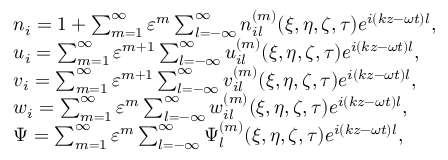
\begin{array} { r l } & { n _ { i } = 1 + \sum _ { m = 1 } ^ { \infty } \varepsilon ^ { m } \sum _ { l = - \infty } ^ { \infty } n _ { i l } ^ { ( m ) } ( \xi , \eta , \zeta , \tau ) e ^ { i ( k z - \omega t ) l } , } \\ & { u _ { i } = \sum _ { m = 1 } ^ { \infty } \varepsilon ^ { m + 1 } \sum _ { l = - \infty } ^ { \infty } u _ { i l } ^ { ( m ) } ( \xi , \eta , \zeta , \tau ) e ^ { i ( k z - \omega t ) l } , } \\ & { v _ { i } = \sum _ { m = 1 } ^ { \infty } \varepsilon ^ { m + 1 } \sum _ { l = - \infty } ^ { \infty } v _ { i l } ^ { ( m ) } ( \xi , \eta , \zeta , \tau ) e ^ { i ( k z - \omega t ) l } , } \\ & { w _ { i } = \sum _ { m = 1 } ^ { \infty } \varepsilon ^ { m } \sum _ { l = - \infty } ^ { \infty } w _ { i l } ^ { ( m ) } ( \xi , \eta , \zeta , \tau ) e ^ { i ( k z - \omega t ) l } , } \\ & { \Psi = \sum _ { m = 1 } ^ { \infty } \varepsilon ^ { m } \sum _ { l = - \infty } ^ { \infty } \Psi _ { l } ^ { ( m ) } ( \xi , \eta , \zeta , \tau ) e ^ { i ( k z - \omega t ) l } , } \end{array}